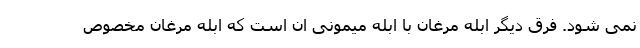
نمی شود. فرق دیگر ابله مرغان با ابله میمونی ان است که ابله مرغان مخصوص